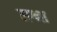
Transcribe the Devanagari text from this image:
लग्ना